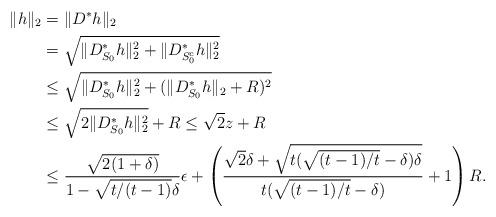
LaTeX: \begin{align*}\|h\|_2&=\|D^*h\|_2\\&=\sqrt{\|D^*_{S_0}h\|_2^2+\|D^*_{S_0^c}h\|_2^2}\\&\leq\sqrt{\|D^*_{S_0}h\|_2^2+(\|D^*_{S_0}h\|_2+R)^2}\\ &\leq\sqrt{2\|D^*_{S_0}h\|_2^2}+R\leq\sqrt{2}z+R\\&\leq\frac{\sqrt{2(1+\delta)}}{1-\sqrt{t/(t-1)}\delta}\epsilon+\left( \frac{\sqrt{2}\delta+\sqrt{t(\sqrt{(t-1)/t}-\delta)\delta}}{t(\sqrt{(t-1)/t}-\delta)}+1 \right) R.\end{align*}